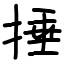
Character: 捶